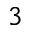
^ 3